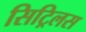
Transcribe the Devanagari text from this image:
सिट्रिलस